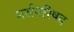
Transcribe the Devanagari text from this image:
नर्सपरिषद